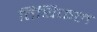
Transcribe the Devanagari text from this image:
तिथिफल